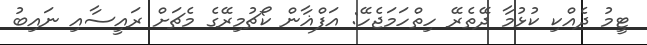
ޓީމު ދެއްކި ކުޅުމާ ދޭތެރޭ ހިތްހަމަޖެހޭ: އަފްޣާން ކޯޗުމިރޭގެ މެޗަށް ރައީސާއި ނައިބު